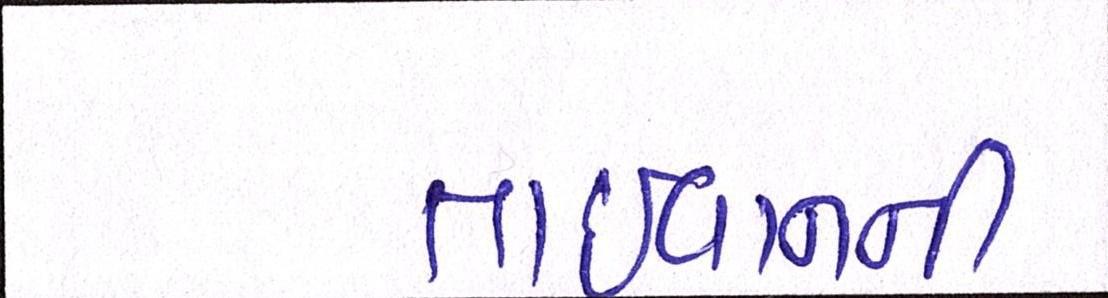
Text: તાઈવાનની